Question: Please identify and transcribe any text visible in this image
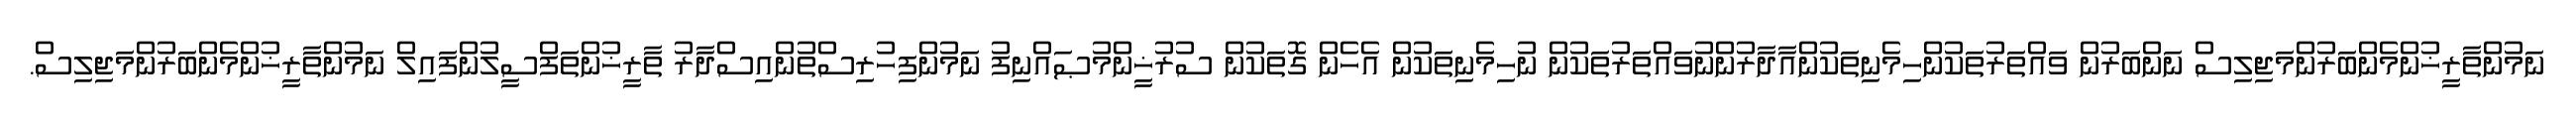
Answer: ނަމުންތާރީޚުންމެންބަރުންމަޖިލިސް ނަންބަރުން ވައްތަރުތަކުންހިމެނިތަކުންއާދާރުންނުވައްތަރުތަކުން ނުހިމެނިތަކުން އެހެން ގޮތަކުން ސުރުޚީންމުޞައްނިފު ނަމުންފިހުރިސްތުންއިސްދާރު ތާރީޚުންތަފްސީލުންފައިލް ނަމުންތާރީޚުންމެންބަރުންމަޖިލިސް.